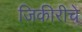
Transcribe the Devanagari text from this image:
जिकीरीचे